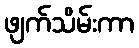
ဖျက်သိမ်းကာ